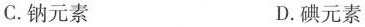
C.钠元素 D.碘元素